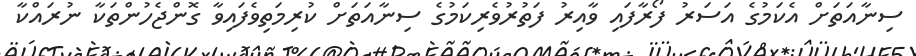
ސިނާއަތަށް އެކަމުގެ އަސަރު ފޯރާފައި ވާއިރު ފަތުރުވެރިކަމުގެ ސިނާއަތަށް ކުރިމަތިވެފައިވާ ގޮންޖެހުންތަކާ ނުރައްކާ